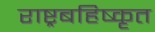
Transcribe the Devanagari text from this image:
राष्ट्रबहिष्कृत